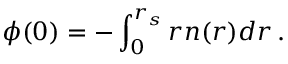
\phi ( 0 ) = - \int _ { 0 } ^ { r _ { s } } r n ( r ) d r \, .